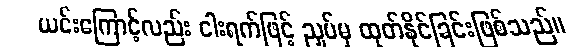
ယင်းကြောင့်လည်း ငါးရက်ဖြင့် ညှပ်မှ ထုတ်နိုင်ခြင်းဖြစ်သည်။